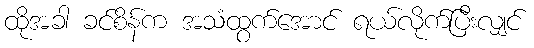
ထိုအခါ ခင်စိန်က အသံထွက်အောင် ရယ်လိုက်ပြီးလျှင်